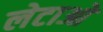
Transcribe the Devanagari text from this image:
लेटाओ